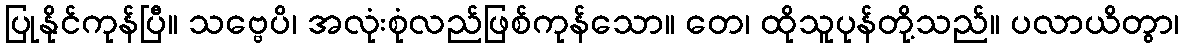
ပြုနိုင်ကုန်ပြီ။ သဗ္ဗေပိ၊ အလုံးစုံလည်ဖြစ်ကုန်သော။ တေ၊ ထိုသူပုန်တို့သည်။ ပလာယိတွာ၊